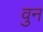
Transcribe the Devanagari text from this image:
वुन